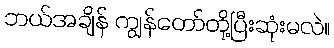
ဘယ်အချိန် ကျွန်တော်တို့ပြီးဆုံးမလဲ။